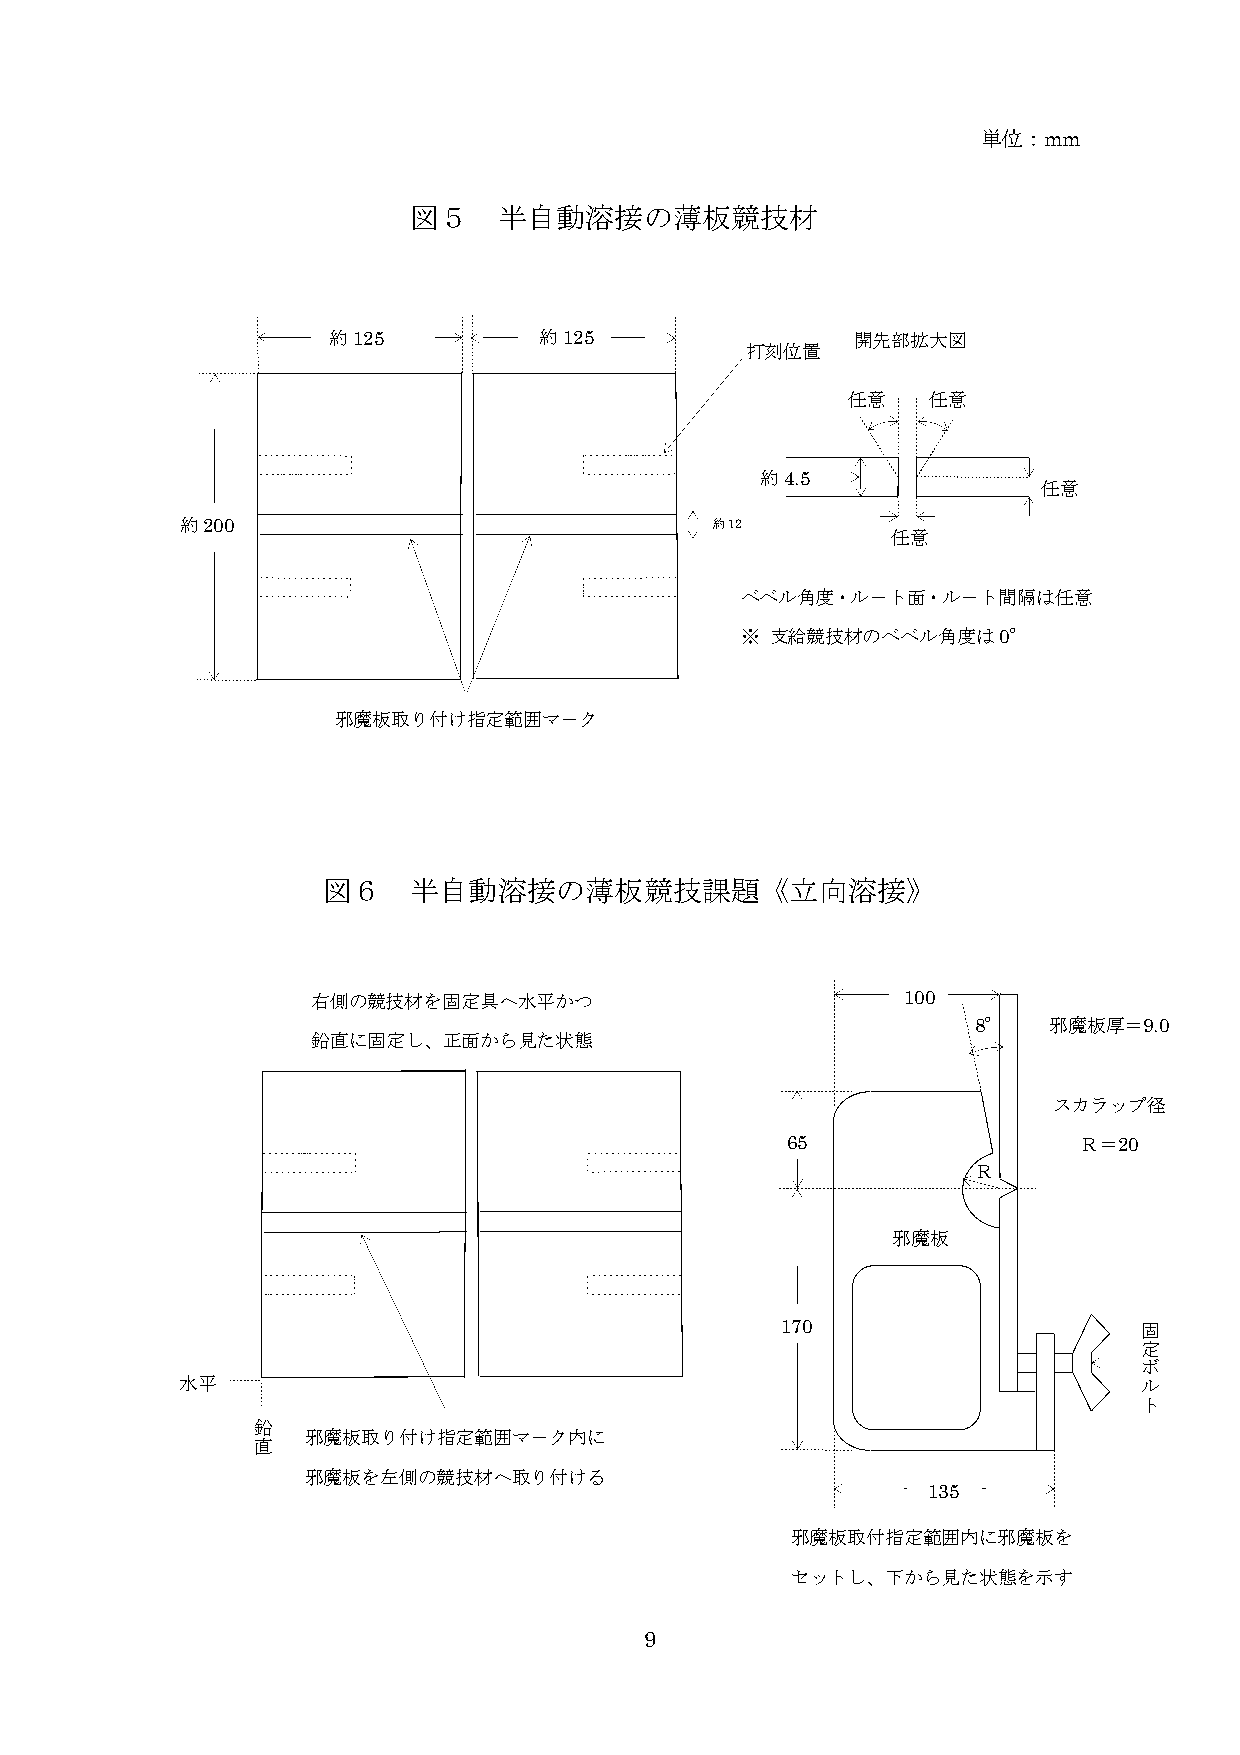
単位：mm
 図５    半自動溶接の薄板競技材
 約125          約125                 開先部拡大図
 打刻位置
 任意   任意
 約4.5
 任意
 約200                               約12
 任意
 ベベル角度・ル－ト面・ル－ト間隔は任意
 ※ 支給競技材のベベル角度は0°
 邪魔板取り付け指定範囲マ－ク
 図６    半自動溶接の薄板競技課題《立向溶接》
 右側の競技材を固定具へ水平かつ                        100
 8°  邪魔板厚＝9.0
 鉛直に固定し、正面から見た状態
 スカラップ径
 65                 Ｒ＝20
 Ｒ
 邪魔板
 170                    固
 定
 ボ
 水平                                                             ル
 ト
 鉛
 邪魔板取り付け指定範囲マ－ク内に
 直
 邪魔板を左側の競技材へ取り付ける
 135
 邪魔板取付指定範囲内に邪魔板を
 セットし、下から見た状態を示す
 9